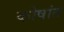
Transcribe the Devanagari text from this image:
कोषांत